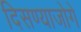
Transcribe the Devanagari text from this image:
दिसण्याजोगे